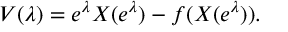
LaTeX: V ( \lambda ) = e ^ { \lambda } X ( e ^ { \lambda } ) - f ( X ( e ^ { \lambda } ) ) .